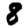
Digit: 8